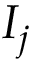
I _ { j }